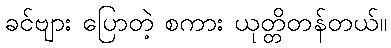
ခင်ဗျား ပြောတဲ့ စကား ယုတ္တိတန်တယ်။